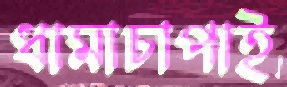
ধামাচাপাই